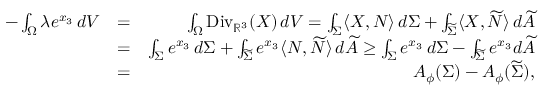
\begin{array} { r l r } { - \int _ { \Omega } \lambda e ^ { x _ { 3 } } \, d V } & { = } & { \int _ { \Omega } \mathrm { D i v } _ { \mathbb { R } ^ { 3 } } ( X ) \, d V = \int _ { \Sigma } \langle X , N \rangle \, d \Sigma + \int _ { \widetilde { \Sigma } } \langle X , \widetilde { N } \rangle \, d \widetilde { A } } \\ & { = } & { \int _ { \Sigma } e ^ { x _ { 3 } } \, d \Sigma + \int _ { \widetilde { \Sigma } } e ^ { x _ { 3 } } \langle N , \widetilde { N } \rangle \, d \widetilde { A } \geq \int _ { \Sigma } e ^ { x _ { 3 } } \, d \Sigma - \int _ { \widetilde { \Sigma } } e ^ { x _ { 3 } } d \widetilde { A } } \\ & { = } & { A _ { \phi } ( \Sigma ) - A _ { \phi } ( \widetilde { \Sigma } ) , } \end{array}